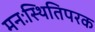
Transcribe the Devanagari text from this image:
मनःस्थितिपरक